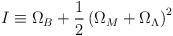
LaTeX: \begin{align*}I\equiv\Omega_B+\frac{1}{2}\left(\Omega_M+\Omega_{\Lambda}\right)^2\end{align*}